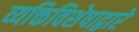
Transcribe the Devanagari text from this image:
व्यक्तिविशेषाद्वारे